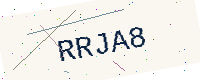
Text: RRJA8